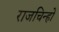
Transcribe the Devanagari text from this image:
राजचिन्हों